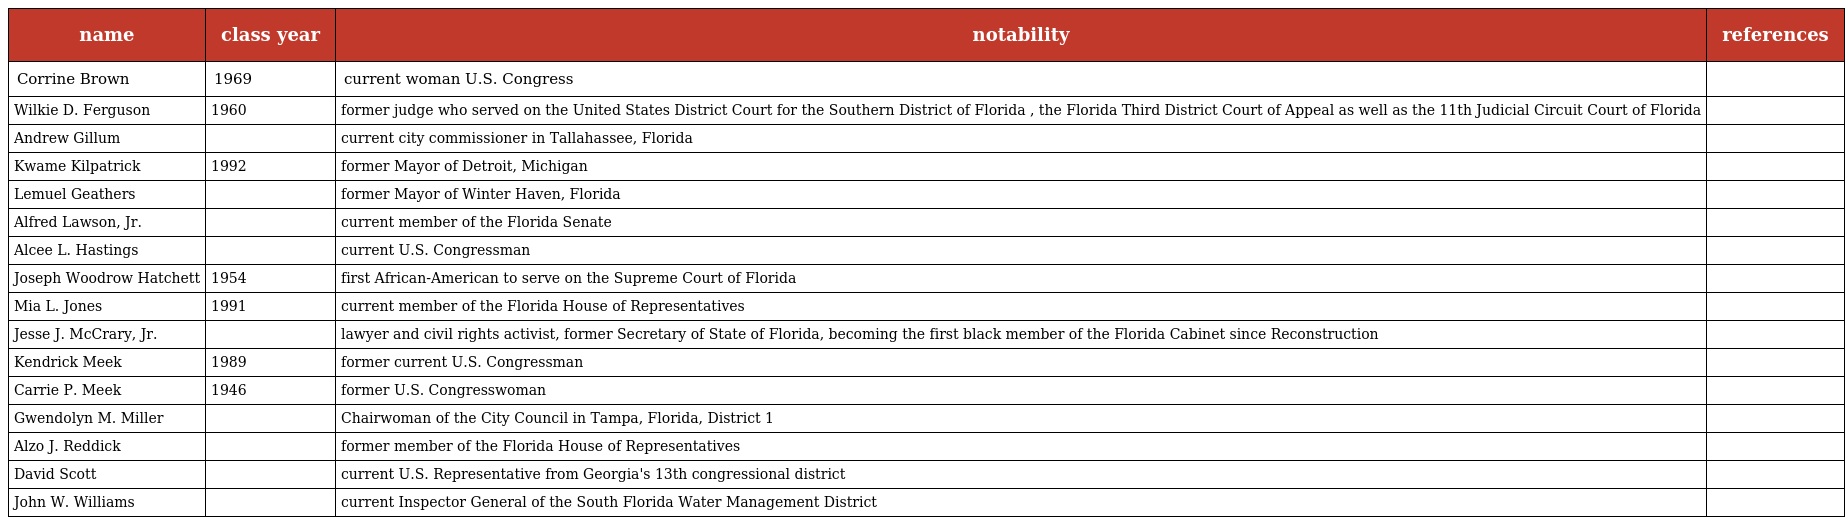
| name | class year | notability | references |
 | --- | --- | --- | --- |
 | Corrine Brown | 1969 | current woman U.S. Congress |  |
 | Wilkie D. Ferguson | 1960 | former judge who served on the United States District Court for the Southern District of Florida , the Florida Third District Court of Appeal as well as the 11th Judicial Circuit Court of Florida |  |
 | Andrew Gillum |  | current city commissioner in Tallahassee, Florida |  |
 | Kwame Kilpatrick | 1992 | former Mayor of Detroit, Michigan |  |
 | Lemuel Geathers |  | former Mayor of Winter Haven, Florida |  |
 | Alfred Lawson, Jr. |  | current member of the Florida Senate |  |
 | Alcee L. Hastings |  | current U.S. Congressman |  |
 | Joseph Woodrow Hatchett | 1954 | first African-American to serve on the Supreme Court of Florida |  |
 | Mia L. Jones | 1991 | current member of the Florida House of Representatives |  |
 | Jesse J. McCrary, Jr. |  | lawyer and civil rights activist, former Secretary of State of Florida, becoming the first black member of the Florida Cabinet since Reconstruction |  |
 | Kendrick Meek | 1989 | former current U.S. Congressman |  |
 | Carrie P. Meek | 1946 | former U.S. Congresswoman |  |
 | Gwendolyn M. Miller |  | Chairwoman of the City Council in Tampa, Florida, District 1 |  |
 | Alzo J. Reddick |  | former member of the Florida House of Representatives |  |
 | David Scott |  | current U.S. Representative from Georgia's 13th congressional district |  |
 | John W. Williams |  | current Inspector General of the South Florida Water Management District |  |